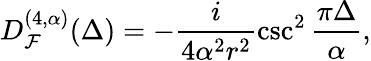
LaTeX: D_{{\cal F}}^{(4,\alpha)}(\Delta)=-\frac{i}{4\alpha^{2}r^{2}}\csc^{2}\frac{\pi\Delta}{\alpha},